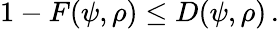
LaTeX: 1-F(\psi,\rho)\leq D(\psi,\rho)\, .